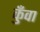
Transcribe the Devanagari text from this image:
कुँवा